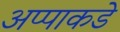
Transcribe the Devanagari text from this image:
अप्पाकडे